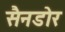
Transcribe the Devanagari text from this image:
सैनडोर